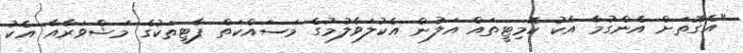
"އެގޮތަށް އެންގުމާ އެކު ކޮމިޓީތައް އަލުން އެކުލަވާލުމުގެ މަސައްކަތް ޕާޓީތަކުގެ މަޝްވަރާއާ އެކު